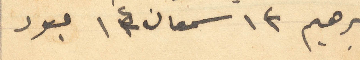
ابراهيم 13 سمعان 14 عبود